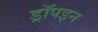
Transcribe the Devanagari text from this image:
ड्रॉपइन